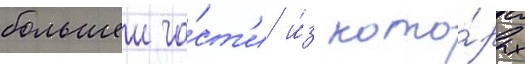
большеи ча́ст'и и́з кото́рых